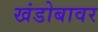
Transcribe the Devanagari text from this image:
खंडोबावर